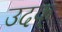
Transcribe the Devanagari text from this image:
उदक्